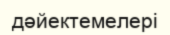
дәйектемелері